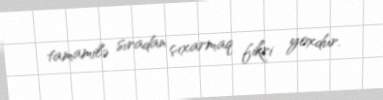
tamamilə sıradan çıxarmaq fikri yoxdur.